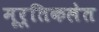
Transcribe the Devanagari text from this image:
मूर्तिकलेत